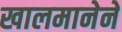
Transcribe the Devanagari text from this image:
खालमानेने